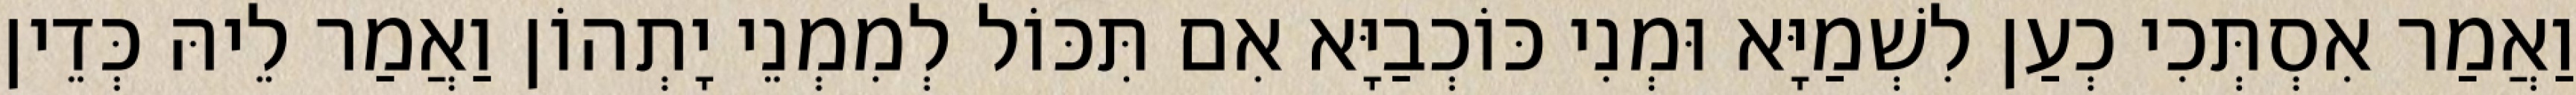
וַאֲמַר אִסְתְּכִי כְעַן לִשְׁמַיָּא וּמְנִי כּוֹכְבַיָּא אִם תִּכּוֹל לְמִמְנֵי יָתְהוֹן וַאֲמַר לֵיהּ כְּדֵין